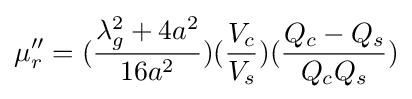
\mu _{r}''=({\frac {\lambda _{g}^{2}+4a^{2}}{16a^{2}}})({\frac {V_{c}}{V_{s}}})({\frac {Q_{c}-Q_{s}}{Q_{c}Q_{s}}})